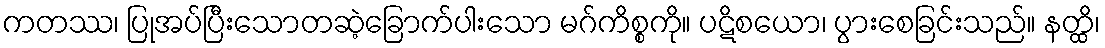
ကတဿ၊ ပြုအပ်ပြီးသောတဆဲ့ခြောက်ပါးသော မဂ်ကိစ္စကို။ ပဋိစယော၊ ပွားစေခြင်းသည်။ နတ္ထိ၊